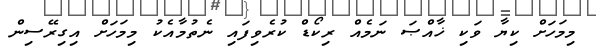
މިމަހަށް ކިޔާ ވަކި ޚާއްޞަ ނަމެއް ރިކޯޑް ކުރެވިފައި ނެތުމާއެކު މިމަަހަށް އިގިރޭސިން